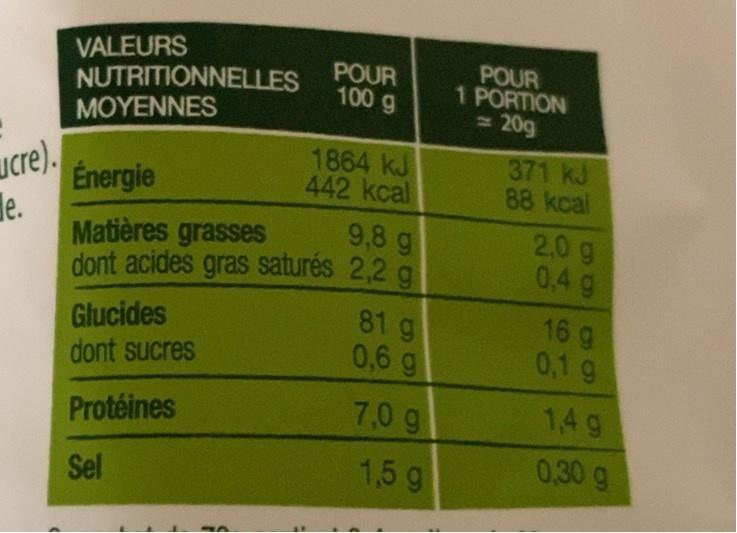
VALEURS NUTRITIONNELLES MOYENNES
POUR 100 g
POUR 1 PORTION 20g
ucre). Énergie
1864 kJ 442 kcal
371 kJ 88 kcal
le. Matières grasses
9,8 g
2,0 g 0,4 g
dont acides gras saturés 2,2 g
81 g
Glucides dont sucres
16 g 0.1 g
0,6 g
Protéines
7,0 g
1,4 g
1,5 g
0,30 g
Sel